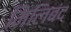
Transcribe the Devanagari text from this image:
मिलिबंद